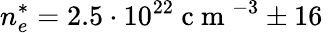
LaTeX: n_{e}^{*}=2.5\cdot 10^{22}\mathrm{~c~m~}^{-3}\pm 16\